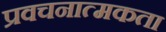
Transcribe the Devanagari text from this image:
प्रवचनात्मकता